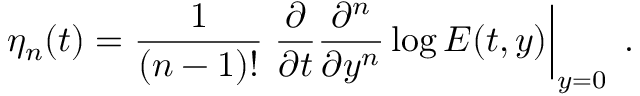
\eta _ { n } ( t ) = \frac { 1 } { ( n - 1 ) ! } \left. \frac { \partial } { \partial t } \frac { \partial ^ { n } } { \partial y ^ { n } } \log { E ( t , y ) } \right| _ { y = 0 } \; .